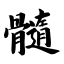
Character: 髓